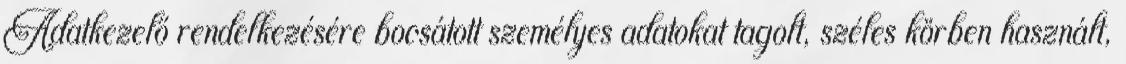
Adatkezelő rendelkezésére bocsátott személyes adatokat tagolt, széles körben használt,